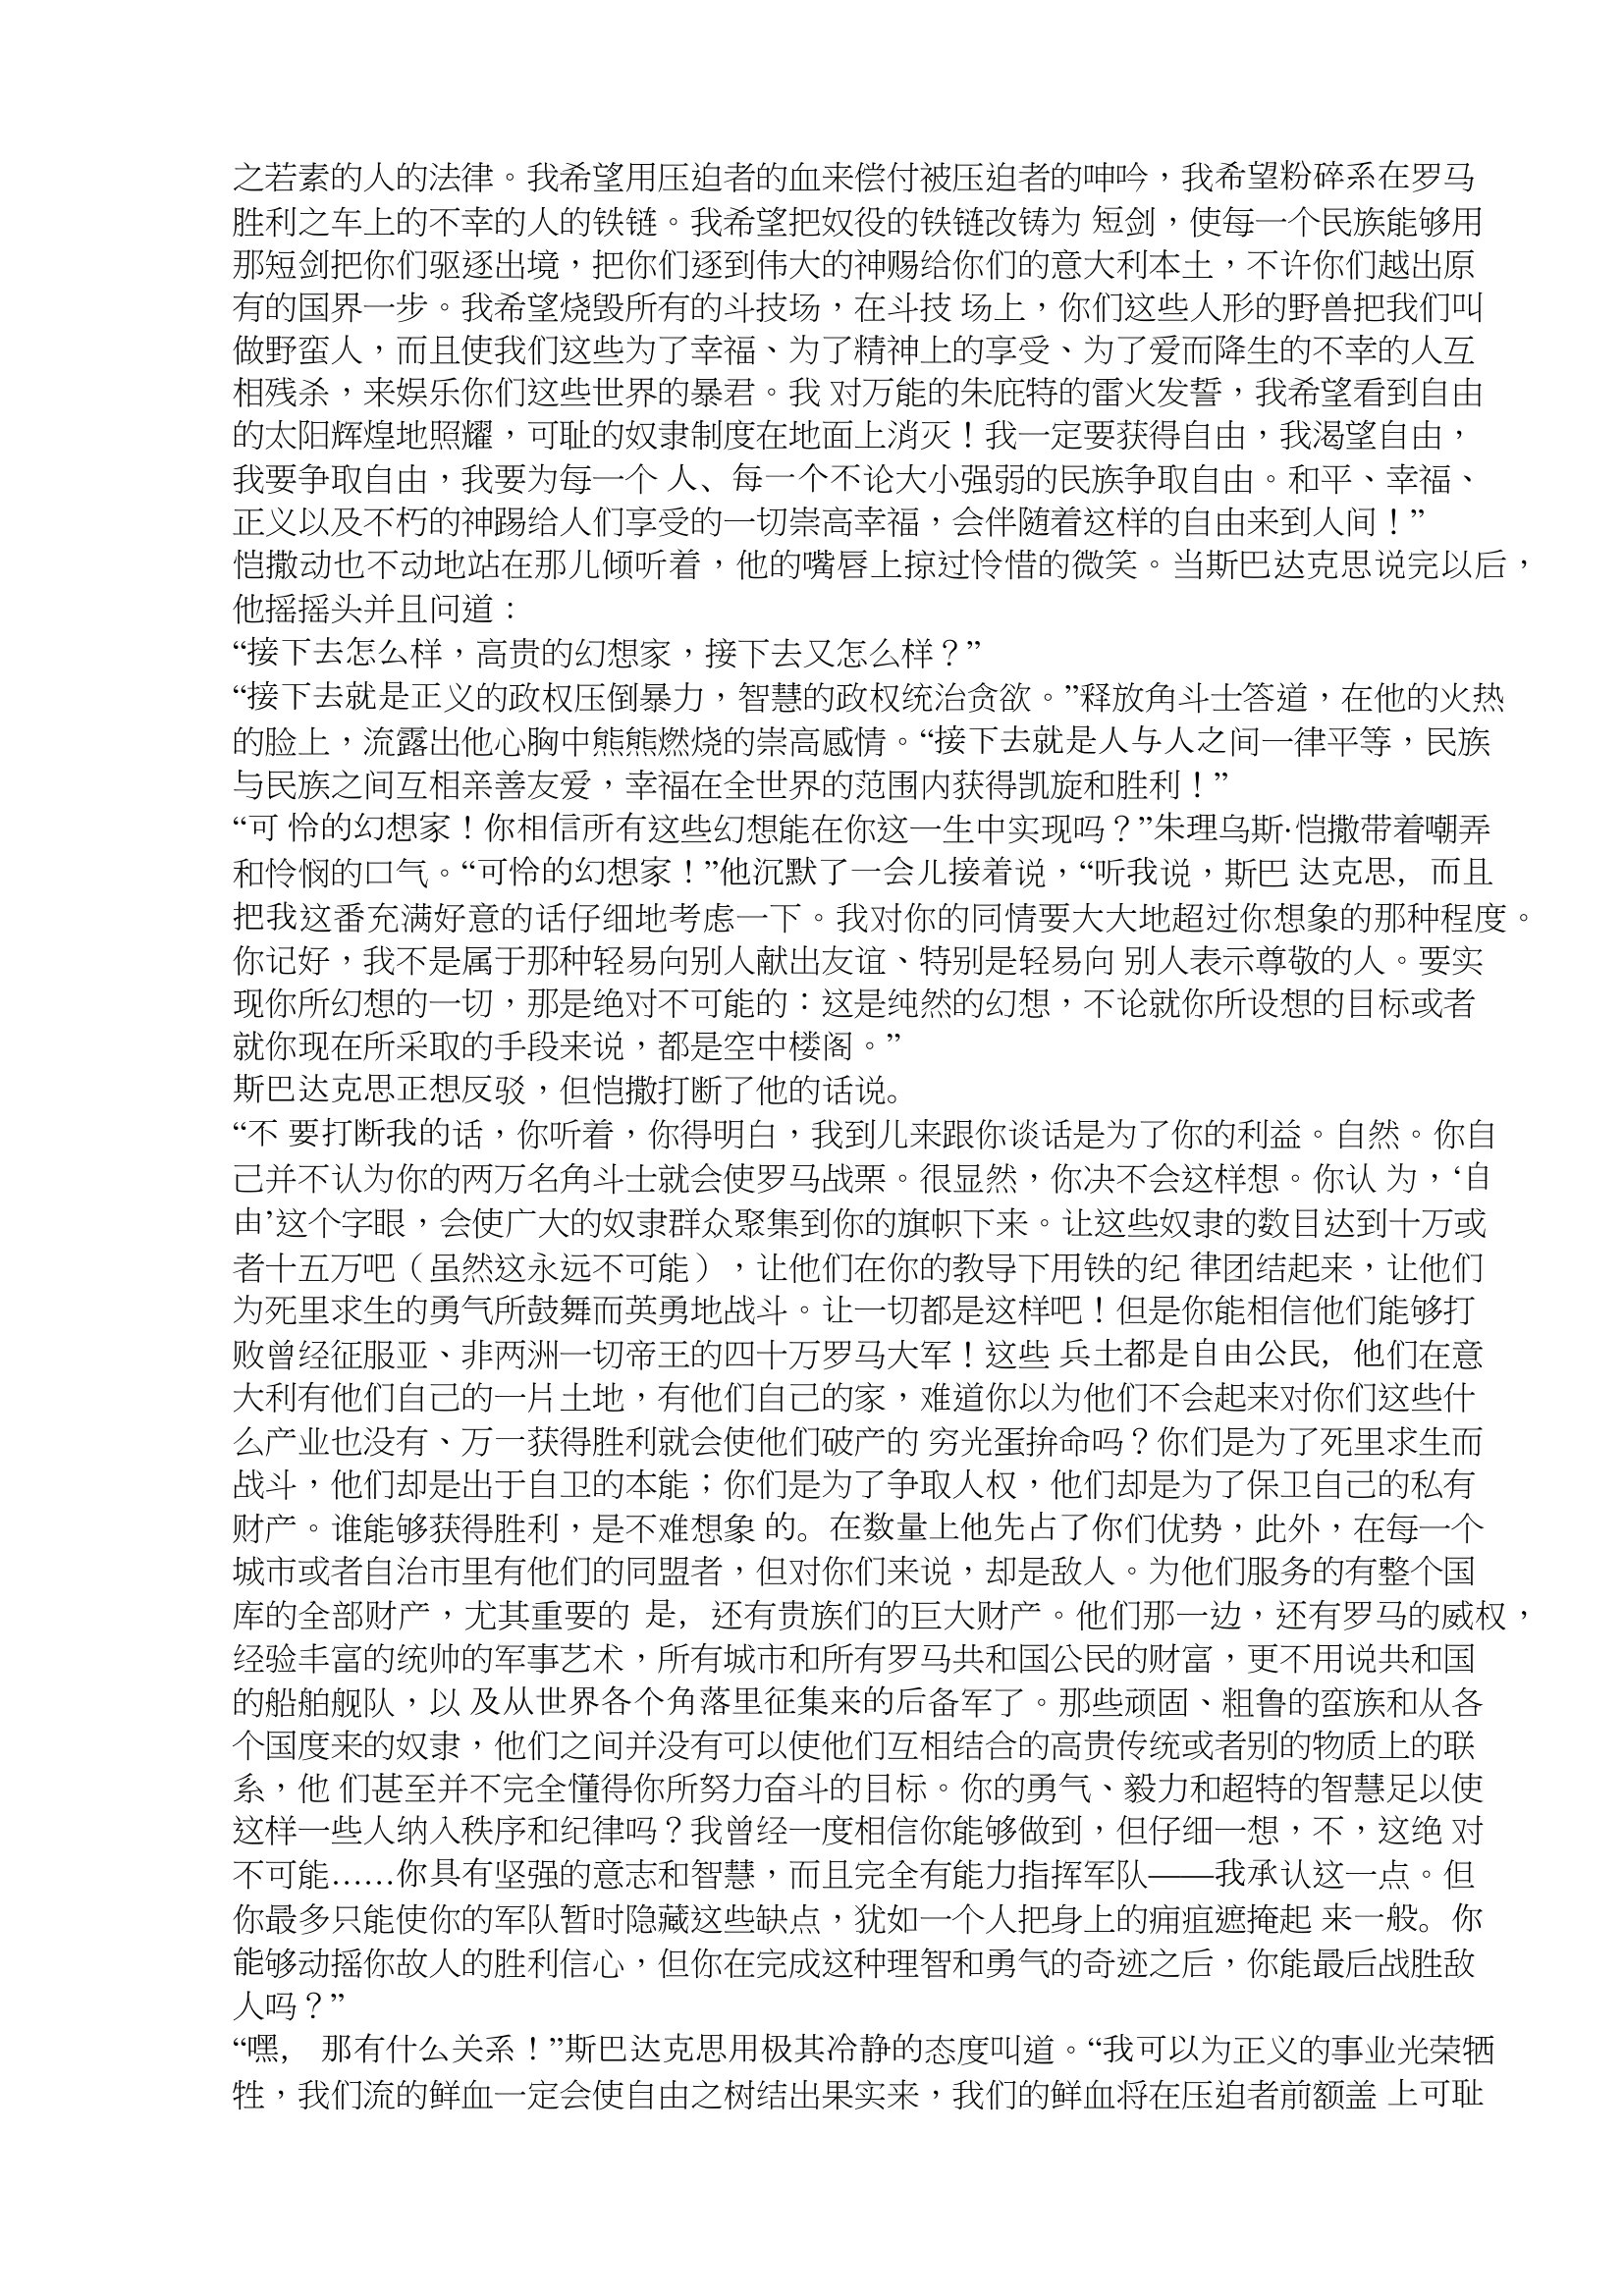
Language: zh